Civil Veterinary Department Bengal reports 1933-51 - 1933-1951
Year: 1933
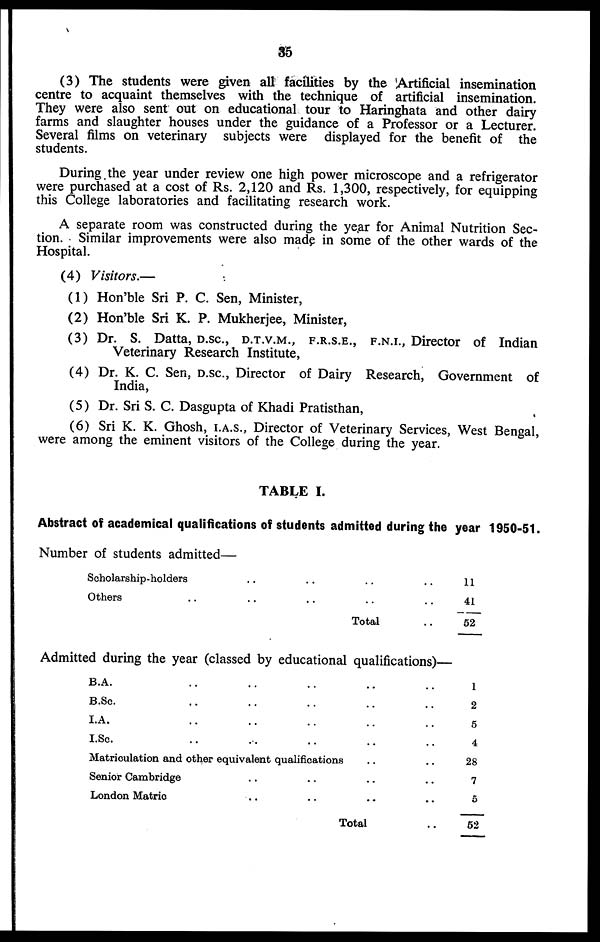
85
(3) The students were given all facilities by the Artificial insemination
centre to acquaint themselves with the technique of artificial insemination.
They were also sent out on educational tour to Haringhata and other dairy
farms and slaughter houses under the guidance of a Professor or a Lecturer.
Several films on veterinary subjects were displayed for the benefit of the
students.
During the year under review one high power microscope and a refrigerator
were purchased at a cost of Rs. 2,120 and Rs. 1,300, respectively, for equipping
this College laboratories and facilitating research work.
A separate room was constructed during the year for Animal Nutrition Sec-
tion. Similar improvements were also made in some of the other wards of the
Hospital.
(4) Visitors.—
(1) Hon'ble Sri P. C. Sen, Minister,
(2) Hon'ble Sri K. P. Mukherjee, Minister,
(3) Dr. S. Datta, D.SC., D.T.V.M., F.R.S.E., F.N.I., Director of Indian
Veterinary Research Institute,
(4) Dr. K. C. Sen, D.SC., Director of Dairy Research, Government of
India,
(5) Dr. Sri S. C. Dasgupta of Khadi Pratisthan,
(6) Sri K. K. Ghosh, I.A.S., Director of Veterinary Services, West Bengal,
were among the eminent visitors of the College during the year.
TABLE I.
Abstract of academical qualifications of students admitted during the year 1950-51.
Number of students admitted—
Scholarship holders .. .. .. ..
Others .. .. .. .. ..
Total ..
11
41
52
Admitted during the year (classed by educational qualifications)—
B.A. .. .. .. .. ..
B.Sc. .. .. .. .. ..
I.A. .. .. .. .. ..
I.Sc. .. .. .. .. ..
Matriculation and other equivalent qualifications .. ..
Senior Cambridge .. .. .. ..
London Matric .. .. .. ..
Total ..
1
2
5
4
28
7
5
52